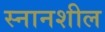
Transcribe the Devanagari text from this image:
स्नानशील